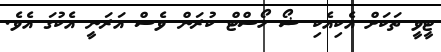
ޓީވީ ތަކަށް އެކިއެކި ޝޯ ހޯސްޓް ކުރަން ވެސް އަރަނީ އެކުގަ އެވެ.